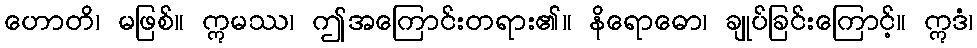
ဟောတိ၊ မဖြစ်။ ဣမဿ၊ ဤအကြောင်းတရား၏။ နိရောဓော၊ ချုပ်ခြင်းကြောင့်။ ဣဒံ၊